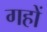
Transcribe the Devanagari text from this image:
गहों